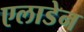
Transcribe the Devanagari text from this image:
एलाडेन